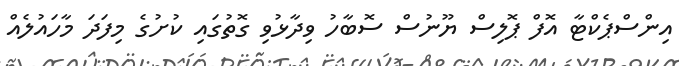
އިންސްޕެކްޓާ އޮފް ޕޮލިސް ޔޫނުސް ސޮބާހު ވިދާޅުވި ގޮތުގައި ކުށުގެ މިފަދަ މާހައުލެއް